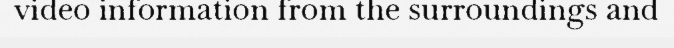
video information from the surroundings and